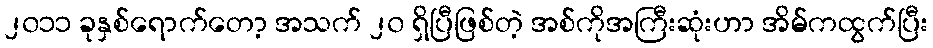
၂၀၁၁ ခုနှစ်ရောက်တော့ အသက် ၂၀ ရှိပြီဖြစ်တဲ့ အစ်ကိုအကြီးဆုံးဟာ အိမ်ကထွက်ပြီး